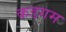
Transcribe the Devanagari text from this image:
कडगम